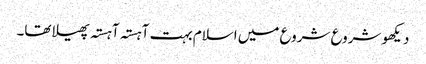
دیکھو شروع شروع میں اسلام بہت آہستہ آہستہ پھیلا تھا۔